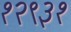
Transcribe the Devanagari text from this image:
१२९३१